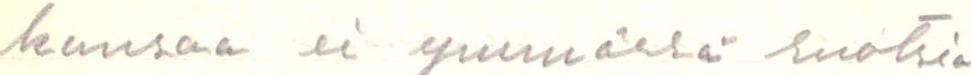
kansaa ei ymmärrä ruotsia